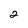
Character: 2